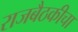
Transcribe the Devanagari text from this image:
राजबैठकीचा